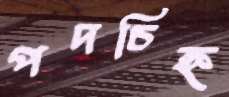
পদচিহ্ন